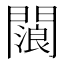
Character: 𨶗